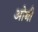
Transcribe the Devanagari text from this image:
ओबौ